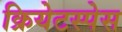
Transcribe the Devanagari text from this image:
क्रियेटस्पेस